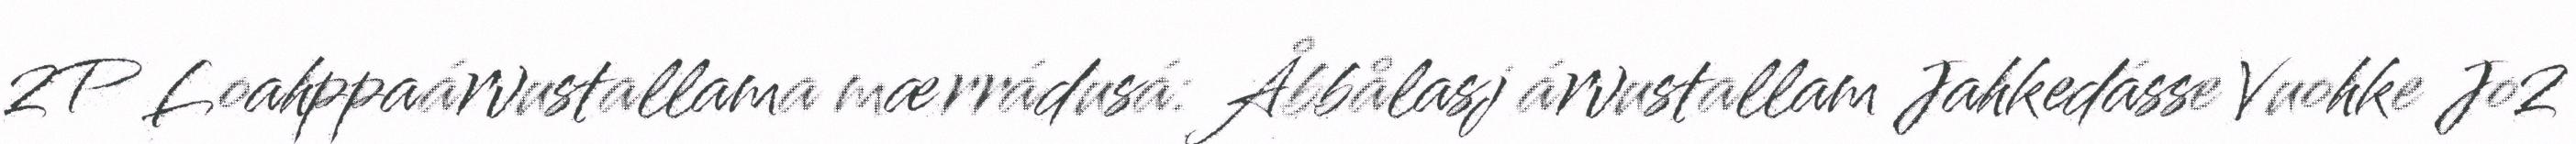
2P Loahppaárvustallama mærrádusá: Åbbålasj árvustallam Jahkedásse Vuohke Jo2